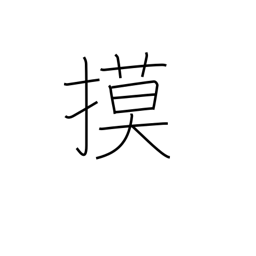
Meaning: copy